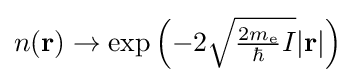
{\textstyle n(\mathbf {r} )\to \exp \left(-2{\sqrt {{\frac {2m_{\rm {e}}}{\hbar }}I}}|\mathbf {r} |\right)}